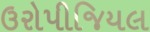
ઉરોપીજિયલ